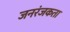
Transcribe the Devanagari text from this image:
जनरंजकता